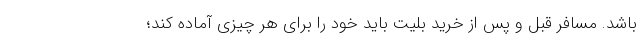
باشد. مسافر قبل و پس از خرید بلیت باید خود را برای هر چیزی آماده کند؛